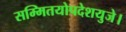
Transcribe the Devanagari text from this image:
सम्मितयोपदेशयुजे।